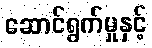
ဆောင်ရွက်မှုနှင့်